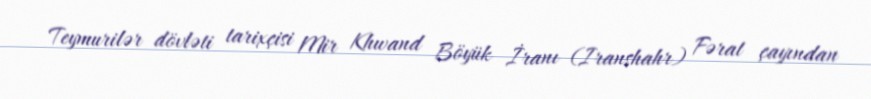
Teymurilər dövləti tarixçisi Mir Khwand Böyük İranı (Iranshahr) Fərat çayından